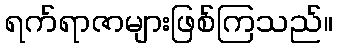
ရက်ရာဇာများဖြစ်ကြသည်။